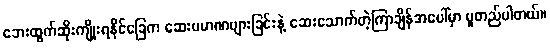
ဘေးထွက်ဆိုးကျိုးရနိုင်ခြေက ဆေးပမာဏများခြင်းနဲ့ ဆေးသောက်တဲ့ကြာချိန်အပေါ်မှာ မူတည်ပါတယ်။